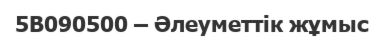
5В090500 – Әлеуметтік жұмыс